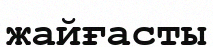
жайғасты